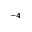
^ { - 4 }